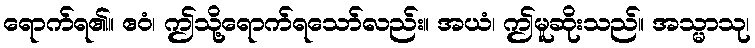
ရောက်ရ၏။ ဧဝံ၊ ဤသို့ရောက်ရသော်လည်း။ အယံ၊ ဤမူဆိုးသည်။ အသ္မာသု၊